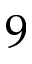
9